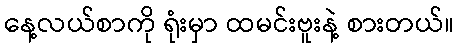
နေ့လယ်စာကို ရုံးမှာ ထမင်းဗူးနဲ့ စားတယ်။